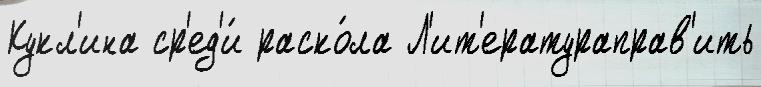
Кукл'ина ср'ед'и́ раско́ла Л'ит'ератураправ'ить